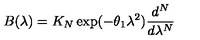
B ( \lambda ) = K _ { N } \exp ( - \theta _ { 1 } \lambda ^ { 2 } ) \frac { d ^ { N } } { d \lambda ^ { N } }